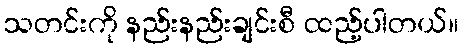
သတင်းကို နည်းနည်းချင်းစီ ထည့်ပါတယ်။